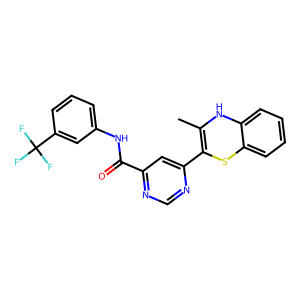
SMILES: CC1=C(c2cc(C(=O)Nc3cccc(C(F)(F)F)c3)ncn2)Sc2ccccc2N1
Inhibits HIV replication: No